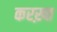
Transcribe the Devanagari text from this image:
करख़्त